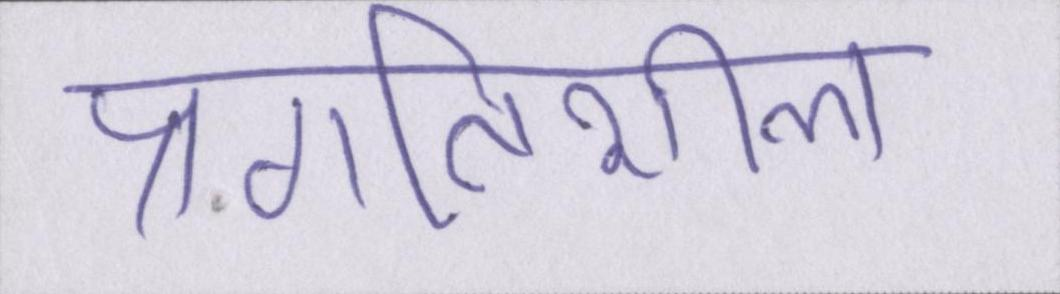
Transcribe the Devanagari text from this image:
प्रगतिशील